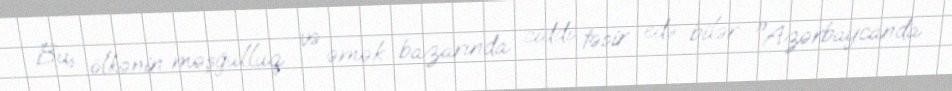
Bu, ölkənin məşğulluq və əmək bazarında ciddi təsir edə bilər: "Azərbaycanda